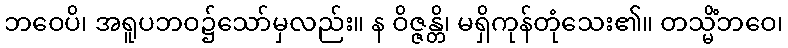
ဘဝေပိ၊ အရူပဘဝ၌သော်မှလည်း။ န ဝိဇ္ဇန္တိ၊ မရှိကုန်တုံသေး၏။ တသ္မိံဘဝေ၊